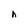
Character: h